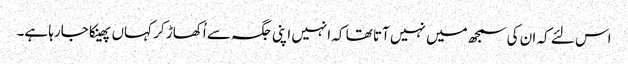
اس لئے کہ ان کی سمجھ میں نہیں آتا تھا کہ انہیں اپنی جگہ سے اُکھاڑ کر کہاں پھینکا جارہا ہے۔